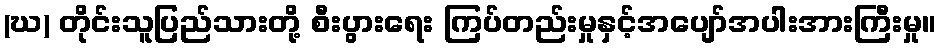
(ဃ) တိုင်းသူပြည်သားတို့ စီးပွားရေး ကြပ်တည်းမှုနှင့်အပျော်အပါးအားကြီးမှု။